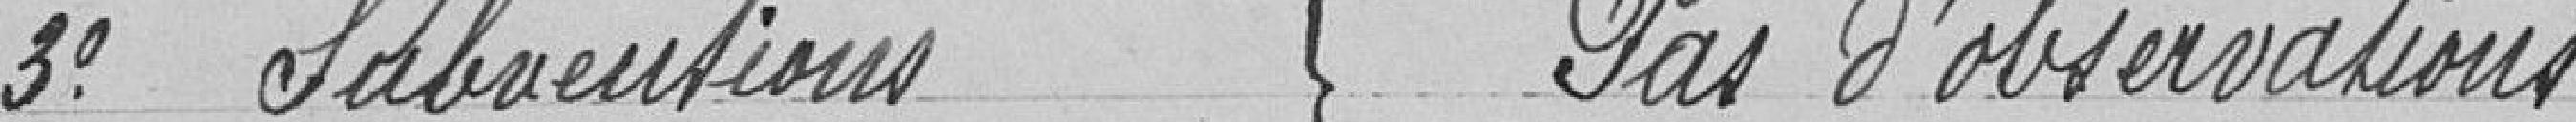
3° Subventions } Pas d'observations